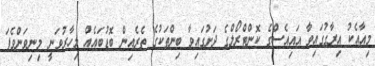
މިއާއެކު އިރާގުގައިވާ އައިއެސްގެ ކޮންޓްރޯލްގެ ދަށުގައިވާ ބިންތަކުގެ ތެރެއިން ބޮޑުބައެއް މިހާރުވަނީ މިނިވަންވެފަ